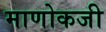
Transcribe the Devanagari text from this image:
माणोकजी